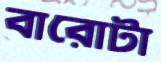
বারোটা